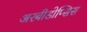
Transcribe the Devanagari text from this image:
अरबीडोप्सिस